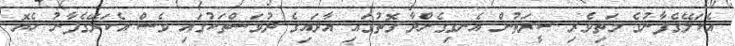
އެކަލޭގެފާނުގެ މަތިވެރި ސީރަތުން އެނގިގެންދާ ގޮތުގައި އާދައިގެ ދުވަސްތަކުގައި ވެސް އެކަލޭގެފާނު ހެޔޮ